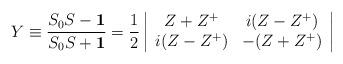
LaTeX: \begin{align*}Y \equiv \frac{S_0 S - {\bf 1}}{S_0 S+{\bf 1}}=\frac{1}{2}\left|\begin{array}{cc}Z+Z^{+} & i(Z-Z^{+}) \\i(Z-Z^{+}) & -(Z+Z^{+})\end{array}\right|\end{align*}